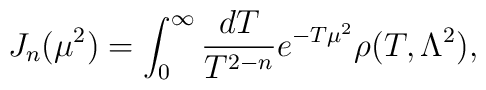
J_n(\mu^2)=\int^\infty_0\frac{dT}{T^{2-n}}e^{-T\mu^2}\rho    (T,\Lambda^2),